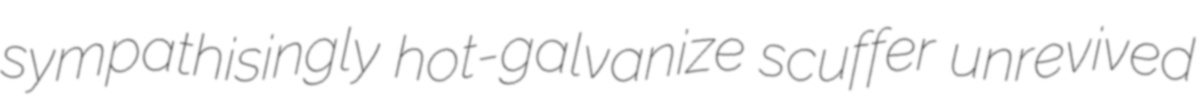
sympathisingly hot-galvanize scuffer unrevived